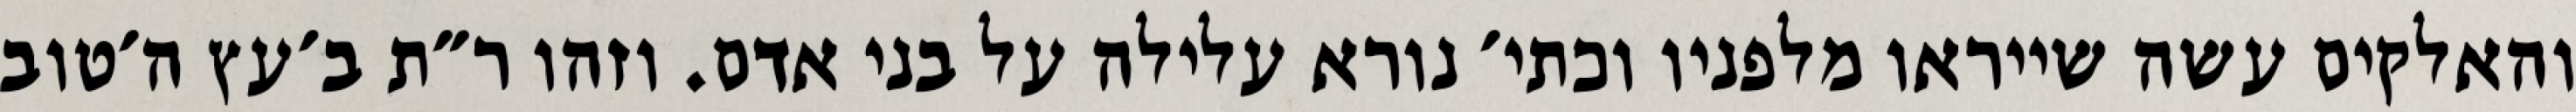
והאלקים עשה שייראו מלפניו וכתי׳ נורא עלילה על בני אדם. וזהו ר״ת ב׳עץ ה׳טוב